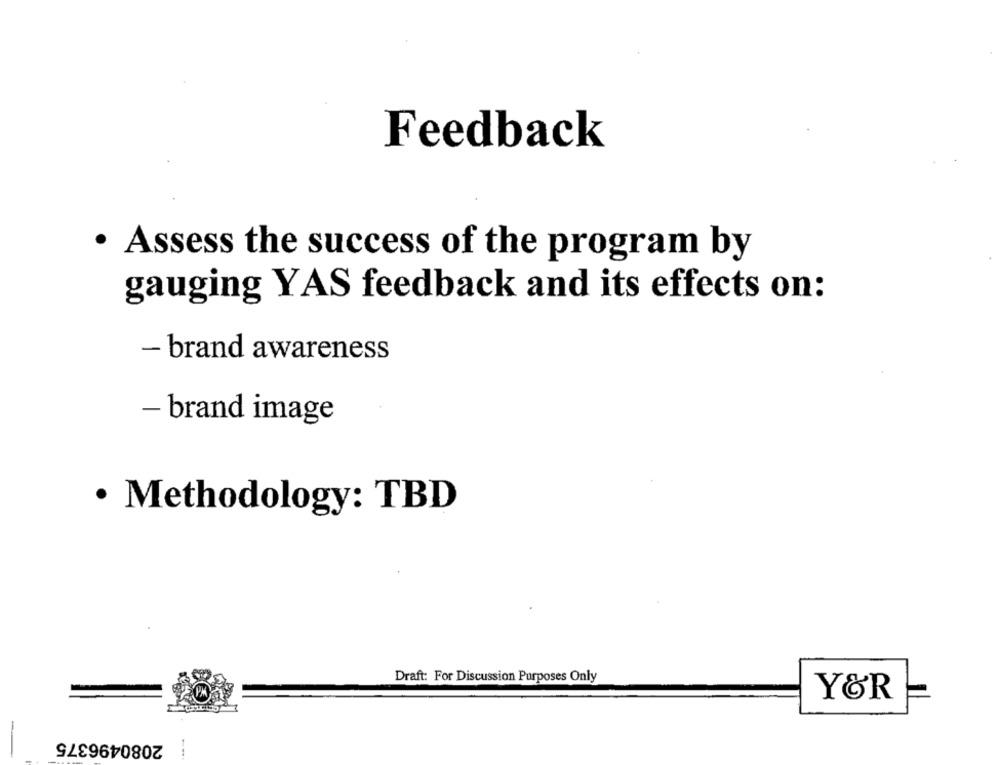
Feedback
. Assess the success of the program by
gauging YAS feedback and its effects on:
- brand awareness
- brand image
· Methodology: TBD
Draft: For Discussion Purposes Only
Y&R
2080496375
-